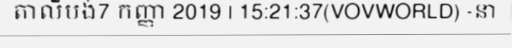
តាលីបង់7 កញ្ញា 2019 | 15:21:37(VOVWORLD) -នា